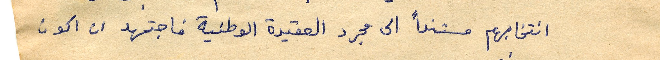
انتخابهم مستنداً الى مجرد العقيدة الوطنية فاجتهد ان اكون